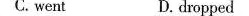
C. went D.dropped